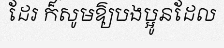
ដែរ ក៏សូមឱ្យបងប្អូនដែល